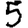
Digit: 5